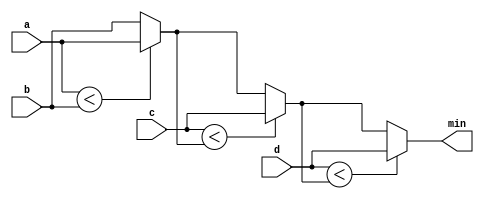
module top_module (
    input [7:0] a, b, c, d,
    output [7:0] min);//

    reg [7:0] temp1,temp2,temp3;
    // assign intermediate_result1 = compare? true: false;
    assign temp1 = (a<b)?a:b;
    assign temp2 = (c<temp1)?c:temp1;
    assign temp3 = (d<temp2)?d:temp2;
    assign min = temp3;

endmodule